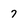
Character: 7